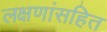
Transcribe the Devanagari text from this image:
लक्षणांसहित